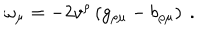
\omega _ { \mu } = - 2 v ^ { \rho } \left( g _ { \rho \mu } - b _ { \rho \mu } \right) \ .